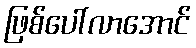
ဖြစ်ပေါ်လာအောင်